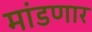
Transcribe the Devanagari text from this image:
मांडणार